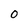
Character: O